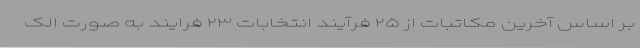
بر اساس آخرین مکاتبات از ۲۵ فرآیند انتخابات ۲۳ فرایند به صورت الک